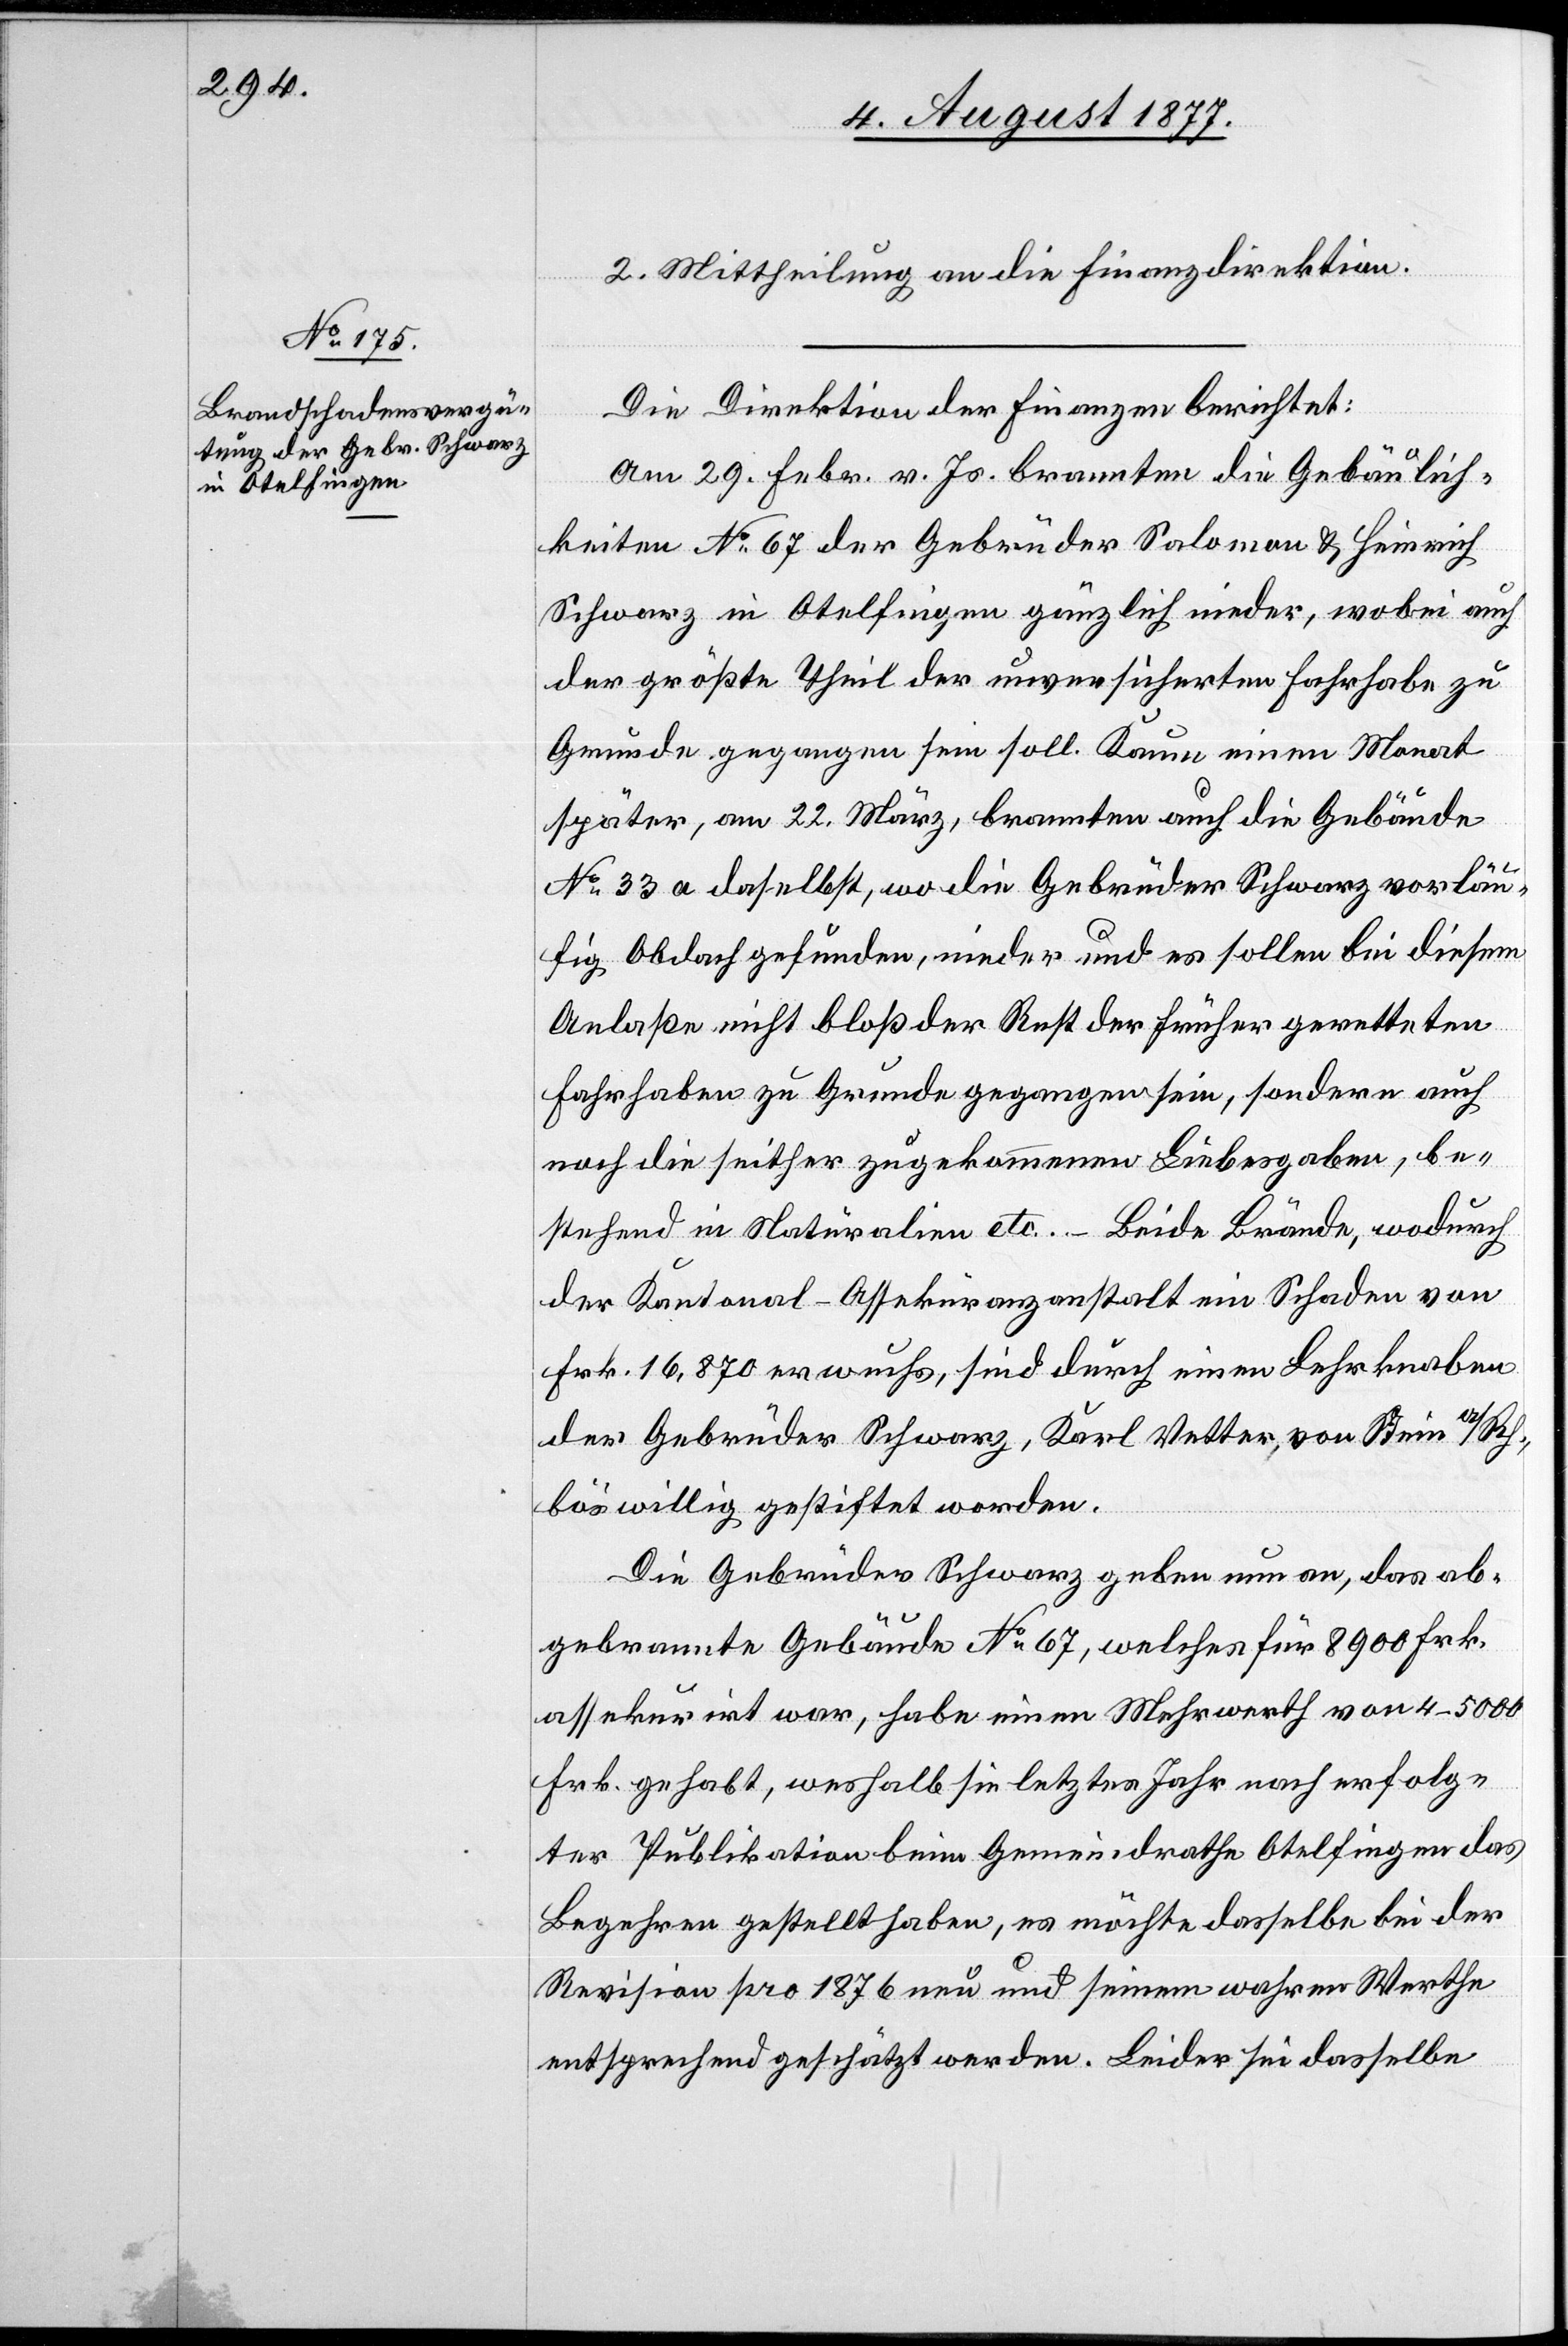
2. Mittheilung an die Finanzdirektion.
Die Direktion der Finanzen berichtet:
Am 29. Febr. v. Js. brannten die Gebäulich¬
keiten No 67 der Gebrüder Salomon & Heinrich
Schwarz in Otelfingen gänzlich nieder, wobei auch
der größte Theil der unversicherten Fahrhabe zu
Grunde gegangen sein soll. Kaum einen Monat
später, am 22. März, brannten auch die Gebäude
No 33 a daselbst, wo die Gebrüder Schwarz vorläu¬
fig Obdach gefunden, nieder und es sollen bei diesem
Anlaße nicht bloß der Rest der früher geretteten
Fahrhaben zu Grunde gegangen sein, sondern auch
noch die seither zugekommenen Liebesgaben, be¬
stehend in Naturalien etc. – Beide Brände, wodurch
der Kantonal-Assekuranzanstalt ein Schaden von
Frk. 16,870 erwuchs, sind durch einen Lehrknaben
der Gebrüder Schwarz, Karl Vetter, von Stein a/Rh.,
böswillig gestiftet worden.
Die Gebrüder Schwarz geben nun an, das ab¬
gebrannte Gebäude No 67, welches für 8900 Frk.
assekurirt war, habe einen Mehrwerth von 4–5000
Frk. gehabt, weshalb sie letztes Jahr nach erfolg¬
ter Publikation beim Gemeindrathe Otelfingen das
Begehren gestellt haben, es möchte dasselbe bei der
Revision pro 1876 neu und seinem wahren Werthe
entsprechend geschätzt werden. Leider sei dasselbe